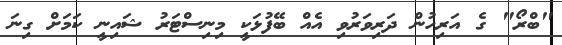
"ބްރޯ" ގެ އަރިހުން ދަރިވަރުވި އެއް ބޭފުޅަކީ މިނިސްޓަރު ޝައިނީ ކަމަށް ގިނަ